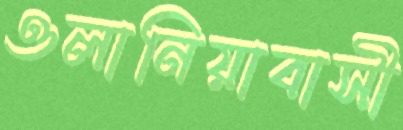
ওলানিয়াবাসী